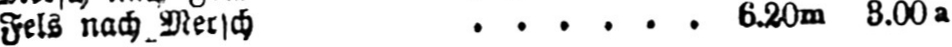
Fels nach Mersch ...... 6.20m 3.00a